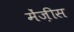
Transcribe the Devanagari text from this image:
मेंज़ीस